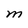
Character: M